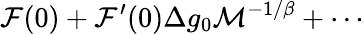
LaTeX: {\cal F}(0)+{\cal F}^{\prime}(0)\Delta g_{0}{\cal M}^{-1/\beta}+\cdots